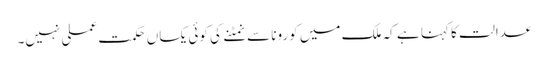
عدالت کا کہنا ہے کہ ملک میں کورونا سے نمٹنے کی کوئی یکساں حکمت عملی نہیں۔